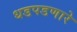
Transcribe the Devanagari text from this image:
धडपडणारे